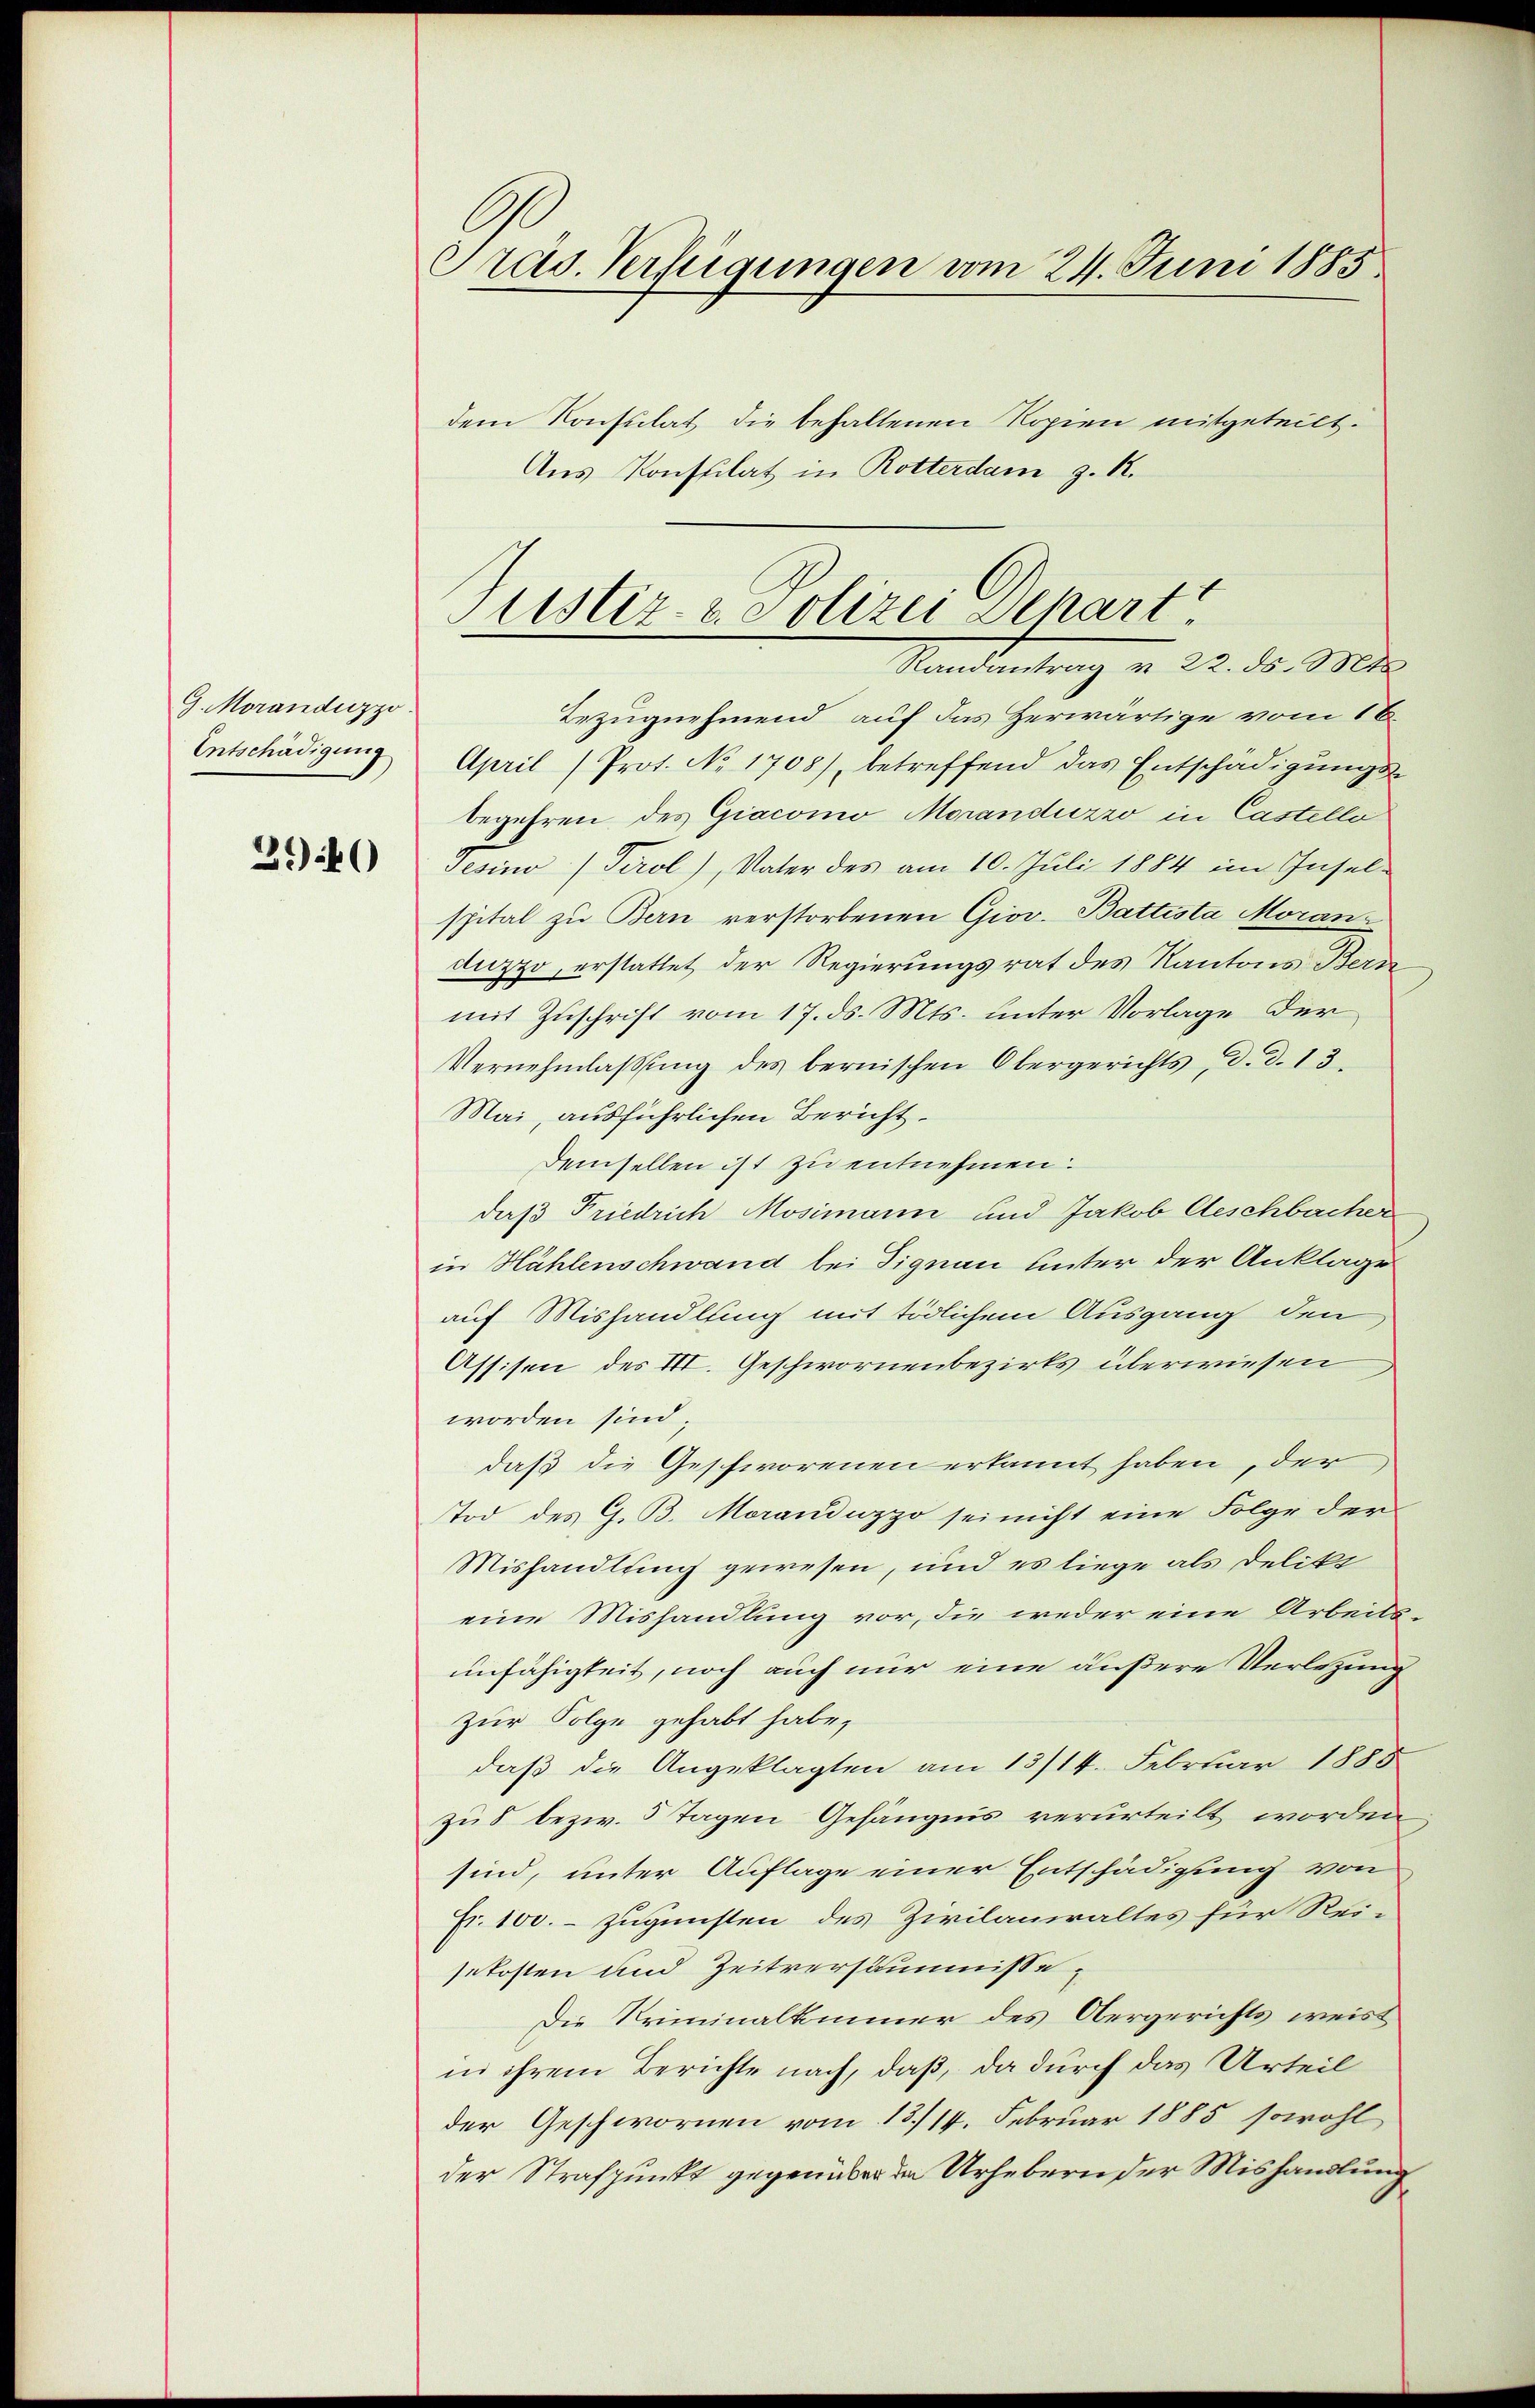
G. Morandiszzo.
Entschädigung

390

Präs. Verfügungen vom 24. Juni 1885.

Bezugnehmend auf das Herwärtige vom 16.
April (Prot. No 1708), betreffend das Entschädigŭngs-
begehren des Giacomo Moranduzzo in Castello
Jesino Tirol), Vater des am 10. Juli 1884 im Insel-
spital zu Bern verstorbenen Giov. Battista Moranduzzo, erstattet der Regierungsrat des Kantons Bern
mit Zuschrift vom 17. ds. Mts. unter Vorlage der
Vernehmlassŭng des bernischen Obergerichts, d. d. 13.
Mai, ausführlichen Bericht
Demselben ist zu entnehmen:
daß Friedrich Mosimann und Jakob Aeschbacher
in Hühlenschwand bei Signau unter der Anklage
auf Mishandlung mit tödlichem Ausgang den
Assisen des III. Geschwornenbezirks überwiesen
worden sind;
daß die Geschworenen erkannt haben, der
Tod des G. B. Moranduzzo sei nicht eine Folge der
Mishandlung gewesen, und es liege als Delikt
eine Mishandlung vor, die weder eine Arbeits-
unfähigkeit, noch auch nur eine äußere Verletzung
zur Folge gehabt habe,
daβ die Angeklagten am 13/14. Februar 1885
zu 8 bezw. 5 Tagen Gefängnis verurteilt worden
sind, unter Auflage einer Entschädigung von
Fr. 100. – zugunsten des Zivilanwaltes für Rei-
sekosten und Zeitversummisse,
Die Kriminalkmmer des Obergerichts weist
in ihrem Berichte nach, daß, da durch das Urteil
der Geschwornen vom 13./14. Februar 1885 sowohl
der Strafpunkt gegenüber da Urhebern der Mishandlung

dem Konsulat die behaltenen Kopien mitgeteilt.
Aus Konsulat in Rotterdam z. R.

Justiz & Polizei Dehart
Randantrag v. 22. ds. Mts.